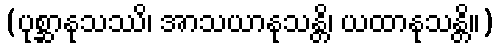
(ပုစ္ဆာနုသဿိ၊ အာသယာနုသန္တိ၊ ယထာနုသန္တိ။)